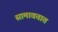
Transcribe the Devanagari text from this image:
सामावतात